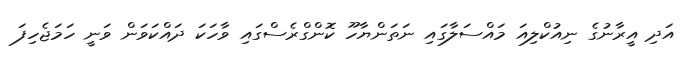
އަދި އީރާނުގެ ނިއުކްލިއަ މައްސަލާގައި ނަތަންޔާހޫ ކޮންގްރެސްގައި ވާހަކަ ދައްކަވަން ވަނީ ހަމަޖެހިފަ